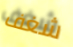
شغف